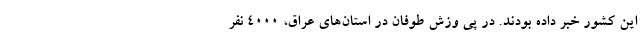
این کشور خبر داده بودند. در پی وزش طوفان در استان‌های عراق، ۴۰۰۰ نفر